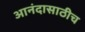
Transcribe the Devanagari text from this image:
आनंदासाठीच